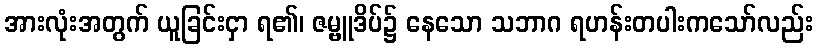
အားလုံးအတွက် ယူခြင်းငှာ ရ၏၊ ဇမ္ဗူဒိပ်၌ နေသော သဘာဂ ရဟန်းတပါးကသော်လည်း